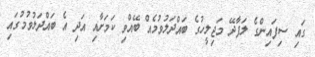
ގައި ސިފައިންގެ ލަފާދޭ މަޖިލީހުގެ ބައްދަލުވުމެއް ބޭއްވި ކަމަށާއި އަދި އެ ބައްދަލުވުމުގައި